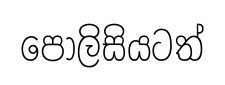
පොලිසියටත්